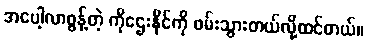
အပေါ့လာစွန့်တဲ့ ကိုဌေးနိုင်ကို ဖမ်းသွားတယ်လို့ထင်တယ်။